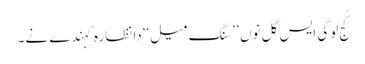
کُج لوکی ایس گل نوں ’’سنگِ میل‘‘ دا نظارہ کہندے نے۔